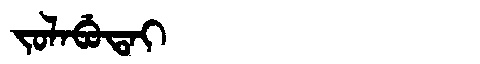
Manchu: ᠵᠣᠯᠠᠪᡠᡨᠠᡳ
Romanization: JOLABUTAI